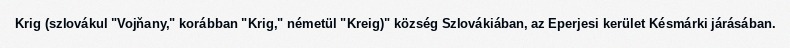
Krig (szlovákul "Vojňany," korábban "Krig," németül "Kreig)" község Szlovákiában, az Eperjesi kerület Késmárki járásában.